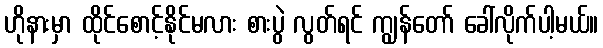
ဟိုနားမှာ ထိုင်စောင့်နိုင်မလား စားပွဲ လွတ်ရင် ကျွန်တော် ခေါ်လိုက်ပါ့မယ်။